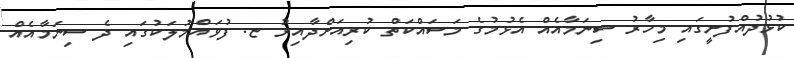
ކުޅުދުއްފުށީގައި މިހާރު ސިނަމާއެއް އެޅުމުގެ މަސައްކަތް ކުރިއަށްދާއިރު ޏ. ފުވައްމުލަކުގައި ދެ ސިނަމާއެއް